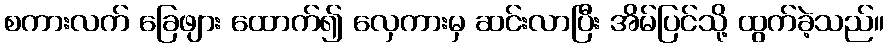
စကားလက် ခြေဖျား ထောက်၍ လှေကားမှ ဆင်းလာပြီး အိမ်ပြင်သို့ ထွက်ခဲ့သည်။